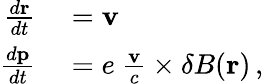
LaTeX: \begin{array}{rl}{\frac{d{\mathbf r}}{dt}}&{{}={\mathbf v}}\\ {\frac{d{\mathbf p}}{dt}}&{{}=e\ \frac{{\mathbf v}}{c}\times{\mathbf\delta B}({\mathbf r})\, ,}\end{array}